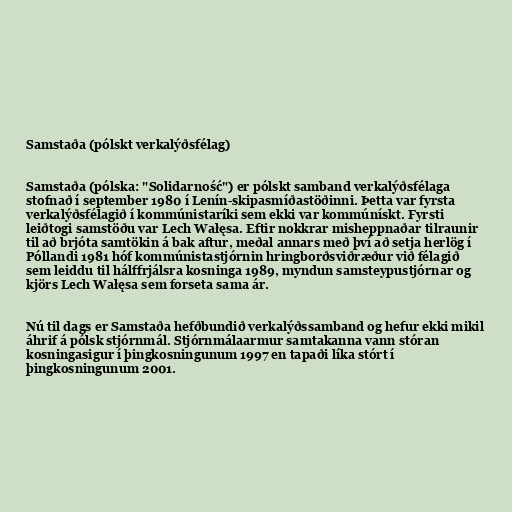
Samstaða (pólskt verkalýðsfélag)

Samstaða (pólska: "Solidarność") er pólskt samband verkalýðsfélaga
stofnað í september 1980 í Lenín-skipasmíðastöðinni. Þetta var fyrsta
verkalýðsfélagið í kommúnistaríki sem ekki var kommúnískt. Fyrsti
leiðtogi samstöðu var Lech Wałęsa. Eftir nokkrar misheppnaðar tilraunir
til að brjóta samtökin á bak aftur, meðal annars með því að setja herlög í
Póllandi 1981 hóf kommúnistastjórnin hringborðsviðræður við félagið
sem leiddu til hálffrjálsra kosninga 1989, myndun samsteypustjórnar og
kjörs Lech Wałęsa sem forseta sama ár.

Nú til dags er Samstaða hefðbundið verkalýðssamband og hefur ekki mikil
áhrif á pólsk stjórnmál. Stjórnmálaarmur samtakanna vann stóran
kosningasigur í þingkosningunum 1997 en tapaði líka stórt í
þingkosningunum 2001.